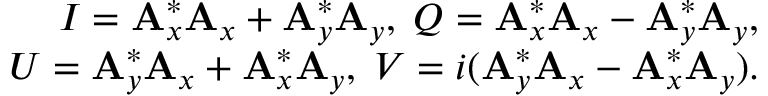
\begin{array} { r } { I = \mathbf { A } _ { x } ^ { * } \mathbf { A } _ { x } + \mathbf { A } _ { y } ^ { * } \mathbf { A } _ { y } , \; Q = \mathbf { A } _ { x } ^ { * } \mathbf { A } _ { x } - \mathbf { A } _ { y } ^ { * } \mathbf { A } _ { y } , } \\ { U = \mathbf { A } _ { y } ^ { * } \mathbf { A } _ { x } + \mathbf { A } _ { x } ^ { * } \mathbf { A } _ { y } , \; V = i ( \mathbf { A } _ { y } ^ { * } \mathbf { A } _ { x } - \mathbf { A } _ { x } ^ { * } \mathbf { A } _ { y } ) . } \end{array}